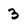
Character: 3